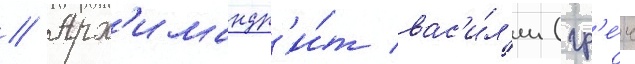
// Арх'имандр'и́т вас'и́л'ии (гр'е́ч